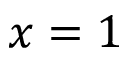
x = 1